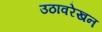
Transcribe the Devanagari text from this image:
उठावरेखन